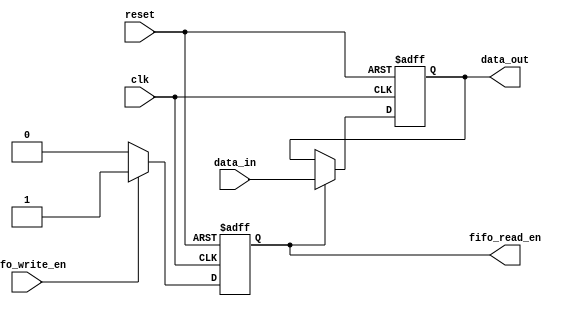
module fifo_synchronizer (
    input wire clk,
    input wire reset,
    input wire [7:0] data_in,
    input wire fifo_write_en,
    output reg [7:0] data_out,
    output reg fifo_read_en
);

// Timing control logic
always @(posedge clk or posedge reset) begin
    if (reset) begin
        fifo_read_en <= 0;
    end else if (fifo_write_en) begin
        fifo_read_en <= 1;
    end else begin
        fifo_read_en <= 0;
    end
end

// Synchronizer block
always @(posedge clk or posedge reset) begin
    if (reset) begin
        data_out <= 8'b0;
    end else if (fifo_read_en) begin
        data_out <= data_in;
    end
end

endmodule